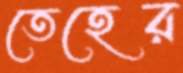
তেহের